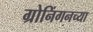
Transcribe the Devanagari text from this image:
ग्रोनिंगनच्या